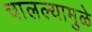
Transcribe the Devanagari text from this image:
चालल्यामुळे